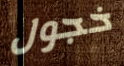
خجول